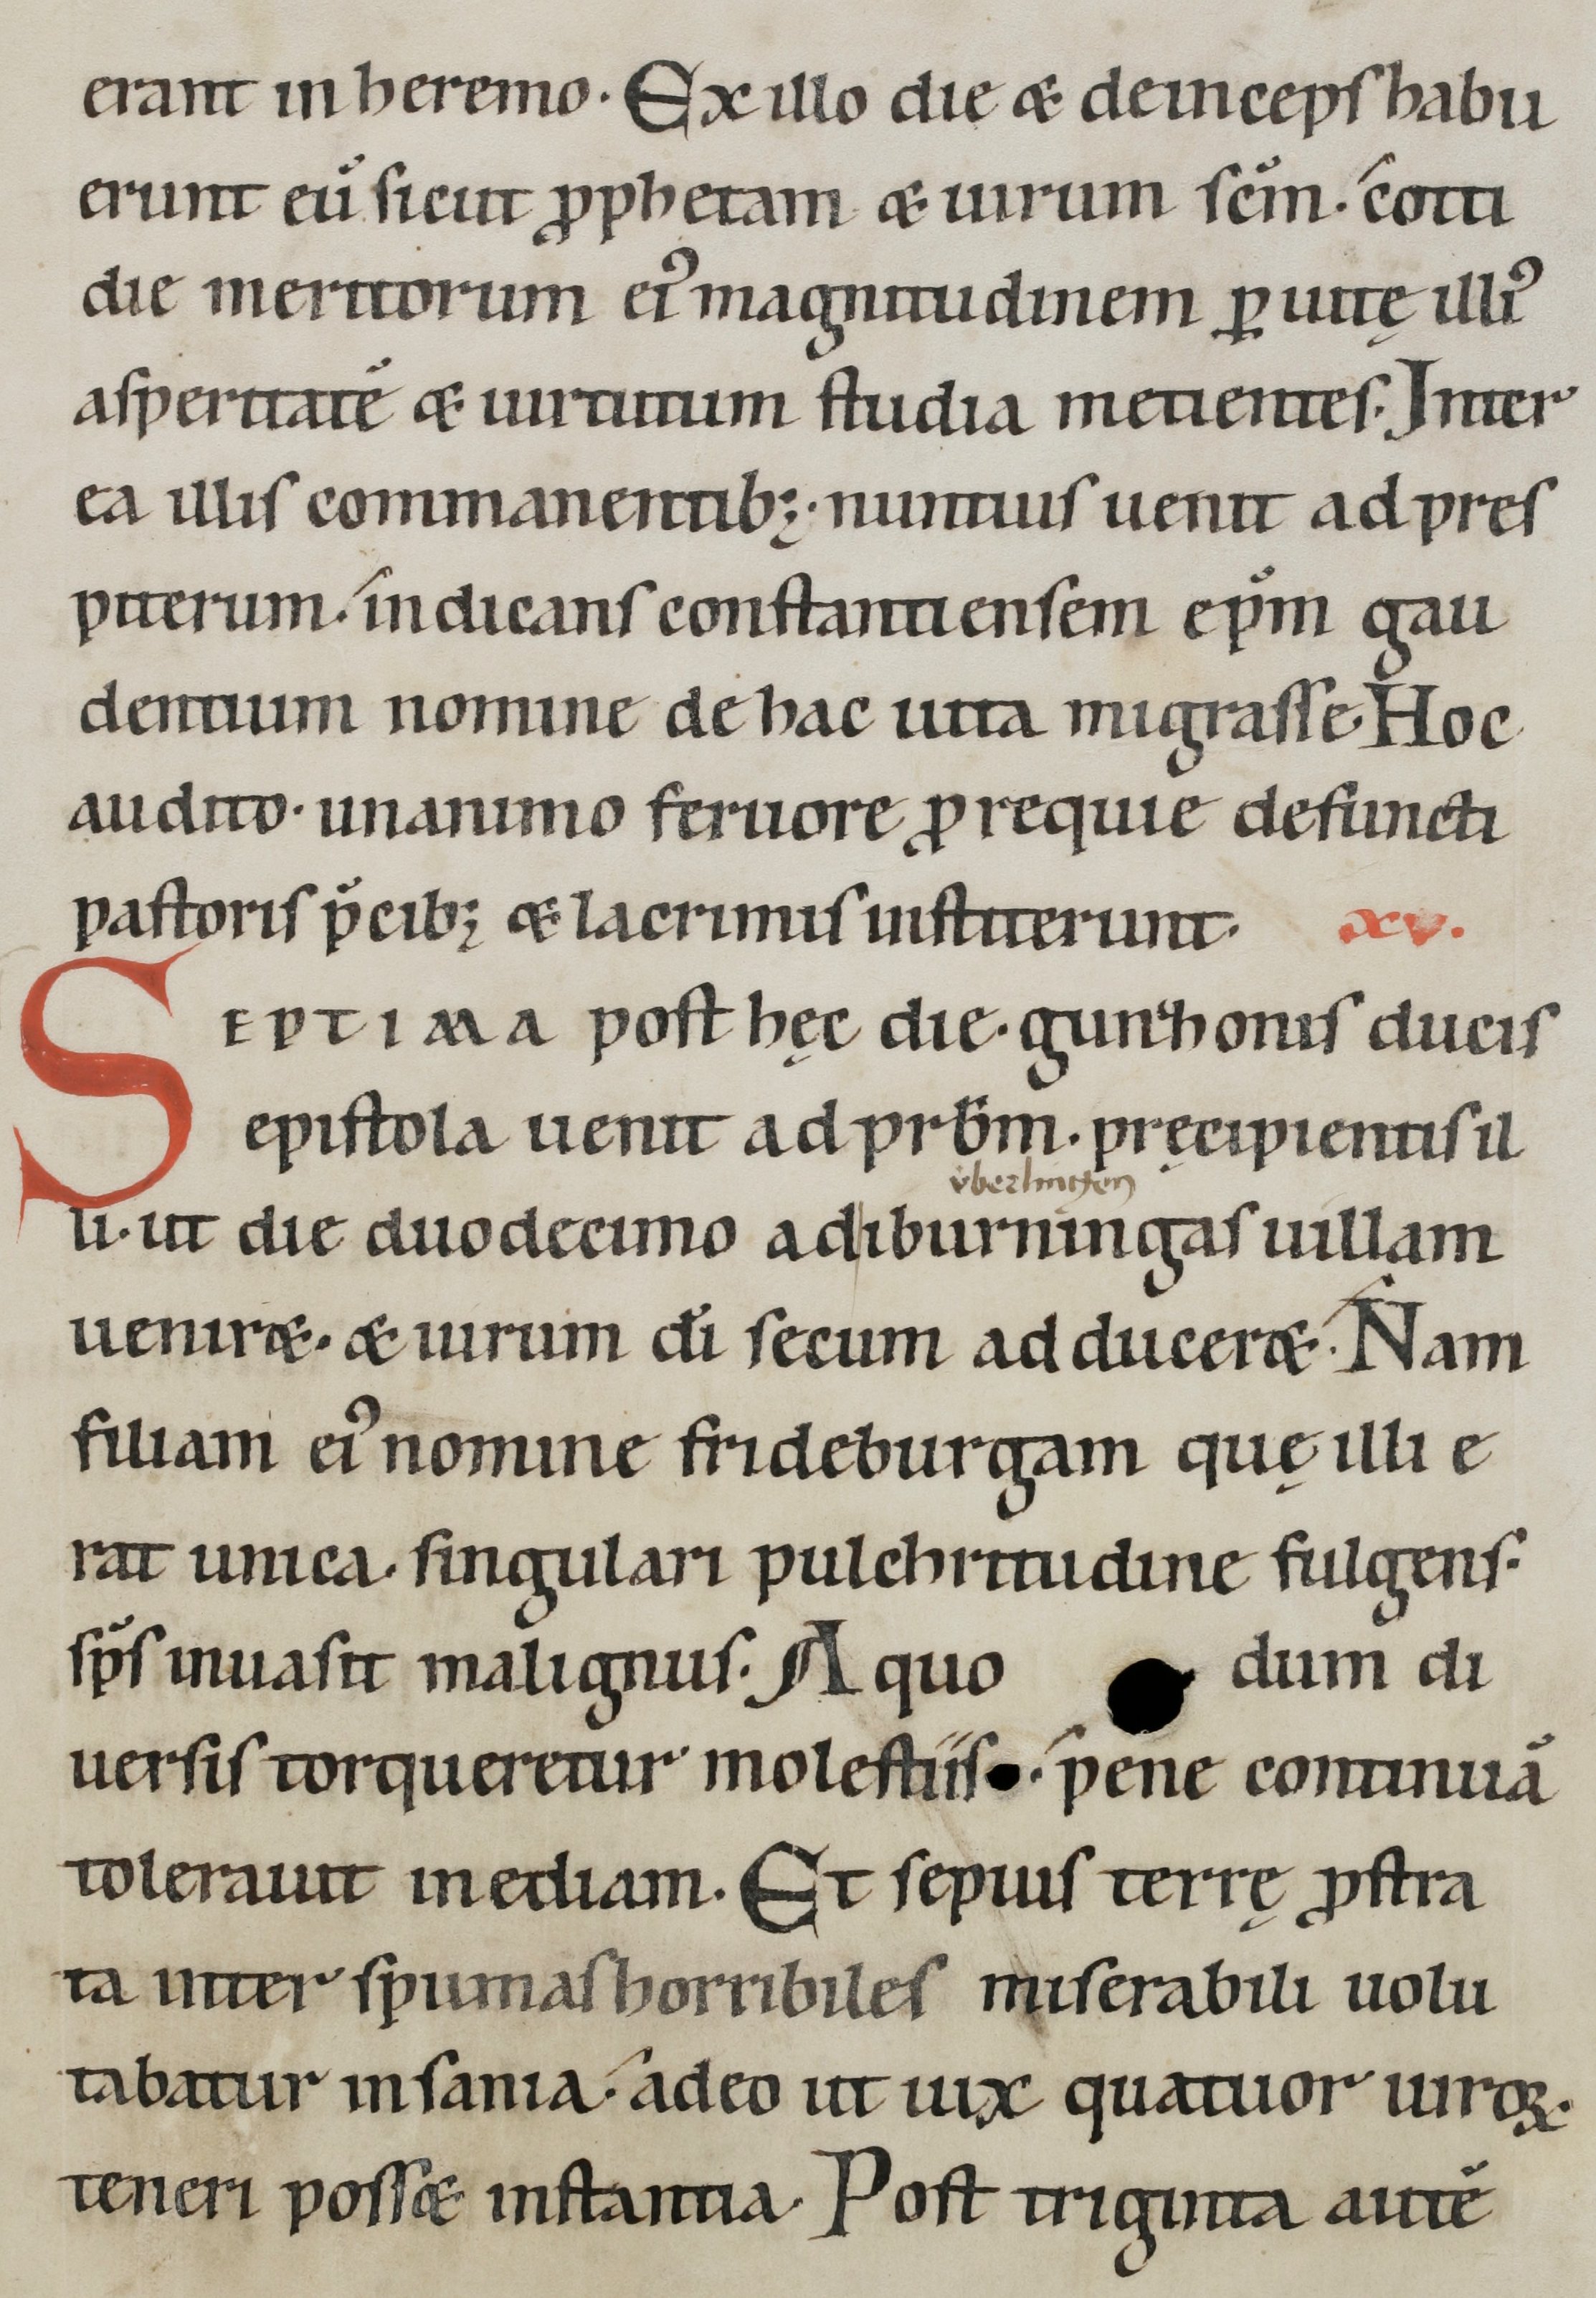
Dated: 1100–1199